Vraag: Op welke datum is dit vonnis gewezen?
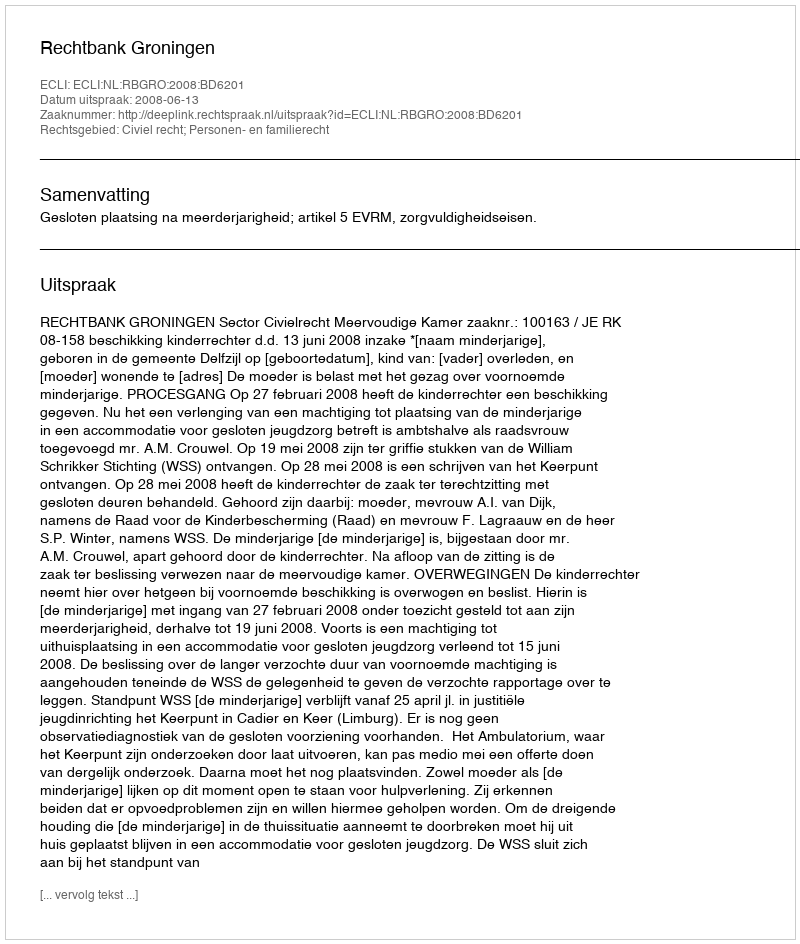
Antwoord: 2008-06-13